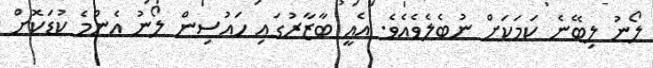
ލޯނު ލިބޭނެ ކަމަކަށް ނުބެލެވެއެވެ. އެއީ ބާޒާރުގައި ހައުސިން ލޯނު އެންމެ ކުޑަކޮށް